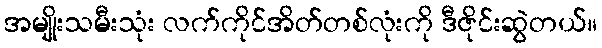
အမျိုးသမီးသုံး လက်ကိုင်အိတ်တစ်လုံးကို ဒီဇိုင်းဆွဲတယ်။